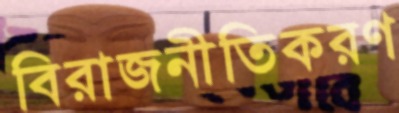
বিরাজনীতিকরণ